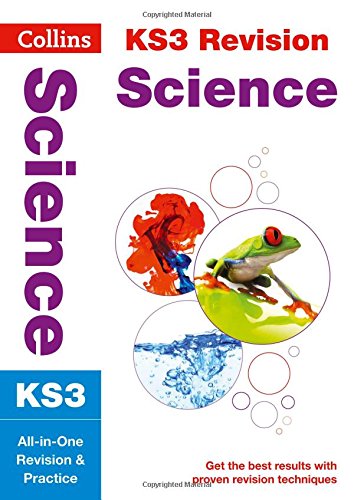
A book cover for Collins New Key Stage 3 Revision EE Science: All-In-One Revision And Practice; Collins UK; Teen & Young Adult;